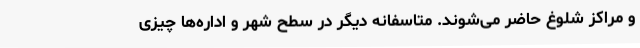
و مراکز شلوغ حاضر می‌شوند. متاسفانه دیگر در سطح شهر و اداره‌ها چیزی